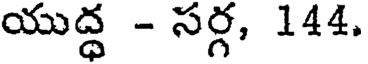
యుద్ధ - సర్గ, 144.